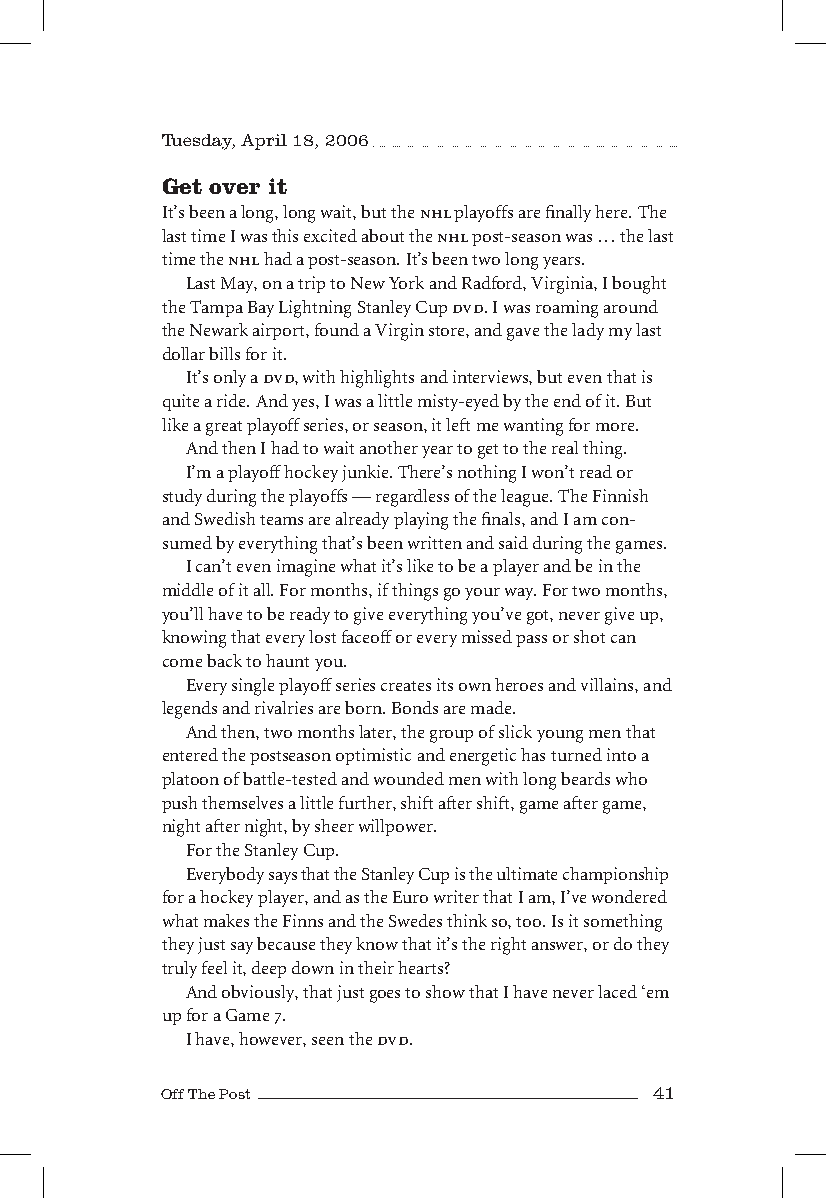
Tuesday, April 18, 006
 Get over it
 It’s been a long, long wait, but the nhl playoffs are finally here. The
 last time I was this excited about the nhl post-season was … the last
 time the nhl had a post-season. It’s been two long years.
 Last May, on a trip to New York and Radford, Virginia, I bought
 the Tampa Bay Lightning Stanley Cup dvd. I was roaming around
 the Newark airport, found a Virgin store, and gave the lady my last
 dollar bills for it.
 It’s only a dvd, with highlights and interviews, but even that is
 quite a ride. And yes, I was a little misty-eyed by the end of it. But
 like a great playoff series, or season, it left me wanting for more.
 And then I had to wait another year to get to the real thing.
 I’m a playoff hockey junkie. There’s nothing I won’t read or
 study during the playoffs — regardless of the league. The Finnish
 and Swedish teams are already playing the finals, and I am con-
 sumed by everything that’s been written and said during the games.
 I can’t even imagine what it’s like to be a player and be in the
 middle of it all. For months, if things go your way. For two months,
 you’ll have to be ready to give everything you’ve got, never give up,
 knowing that every lost faceoff or every missed pass or shot can
 come back to haunt you.
 Every single playoff series creates its own heroes and villains, and
 legends and rivalries are born. Bonds are made.
 And then, two months later, the group of slick young men that
 entered the postseason optimistic and energetic has turned into a
 platoon of battle-tested and wounded men with long beards who
 push themselves a little further, shift after shift, game after game,
 night after night, by sheer willpower.
 For the Stanley Cup.
 Everybody says that the Stanley Cup is the ultimate championship
 for a hockey player, and as the Euro writer that I am, I’ve wondered
 what makes the Finns and the Swedes think so, too. Is it something
 they just say because they know that it’s the right answer, or do they
 truly feel it, deep down in their hearts?
 And obviously, that just goes to show that I have never laced ‘em
 up for a Game 7.
 I have, however, seen the dvd.
 Off The Post                    41